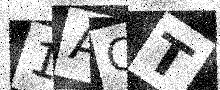
Text: 1ACT